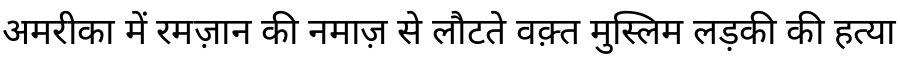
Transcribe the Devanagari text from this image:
अमरीका में रमज़ान की नमाज़ से लौटते वक़्त मुस्लिम लड़की की हत्या